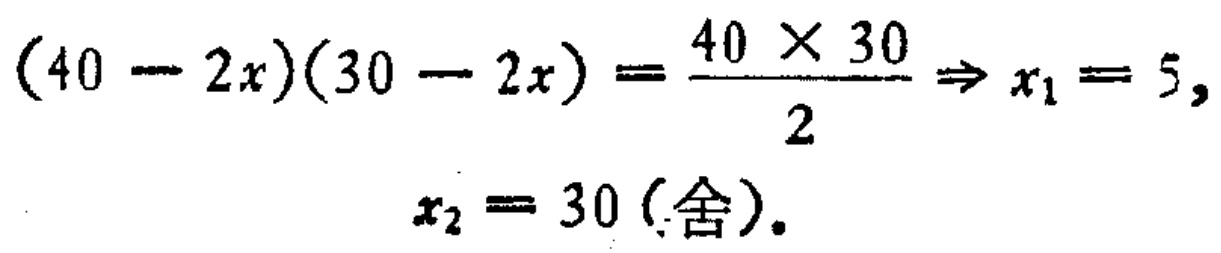
\((40 - 2x)(30 - 2x) = \frac{40\times30}{2} \Rightarrow x_1 = 5, x_2 = 30 (\text{舍})\)